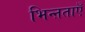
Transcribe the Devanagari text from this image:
भिन्ऩताएँ